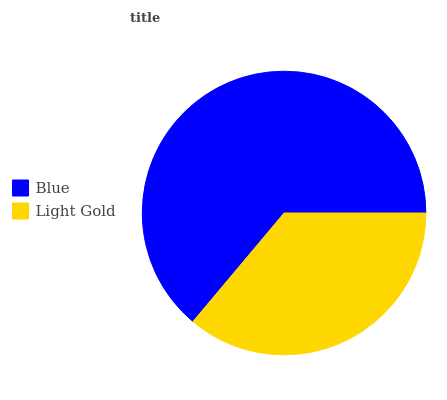
| Blue | Light Gold |
 | --- | --- |
 | 63.9% | 36.1% |